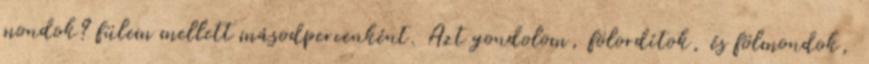
mondok? fülem mellett másodpercenként. Azt gondolom, fölordítok, és fölmondok,